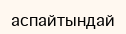
аспайтындай